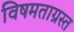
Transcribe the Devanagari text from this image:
विषमताग्रस्त